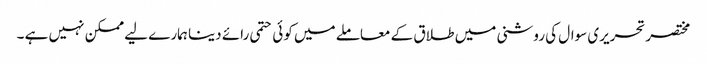
مختصرتحریری سوال کی روشنی میں طلاق کے معاملے میں کوئی حتمی رائے دینا ہمارے لیے ممکن نہیں ہے ۔